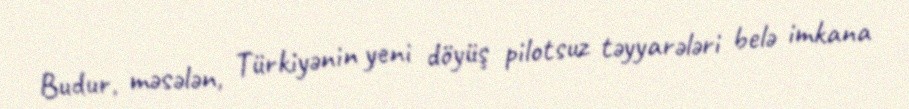
Budur, məsələn, Türkiyənin yeni döyüş pilotsuz təyyarələri belə imkana